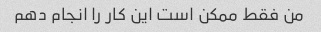
من فقط ممکن است این کار را انجام دهم